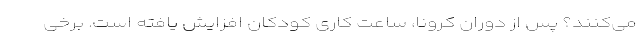
می‌کنند؟ پس از دوران کرونا، ساعت کاری کودکان افزایش یافته است. برخی